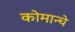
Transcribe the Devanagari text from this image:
कोमान्चे